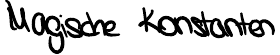
Magische Konstanten